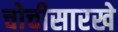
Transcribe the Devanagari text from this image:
चोचीसारखे